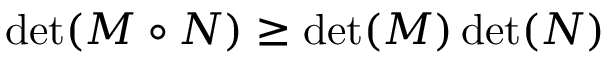
\operatorname* { d e t } ( M \circ N ) \geq \operatorname* { d e t } ( M ) \operatorname* { d e t } ( N )